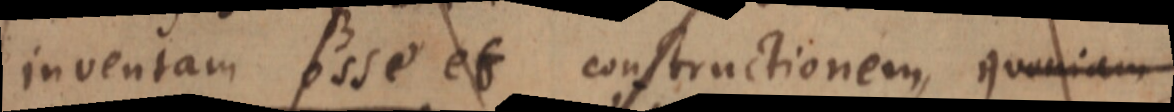
inventam esse et constructionem, quoniam